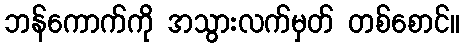
ဘန်ကောက်ကို အသွားလက်မှတ် တစ်စောင်။